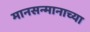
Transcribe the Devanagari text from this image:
मानसन्मानाच्या